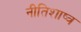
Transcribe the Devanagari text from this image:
नीतिशाष्त्र